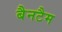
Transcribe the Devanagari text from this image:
बैनटैम